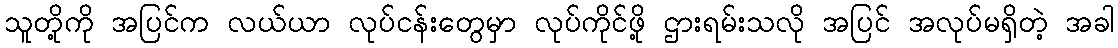
သူတို့ကို အပြင်က လယ်ယာ လုပ်ငန်းတွေမှာ လုပ်ကိုင်ဖို့ ဌားရမ်းသလို အပြင် အလုပ်မရှိတဲ့ အခါ